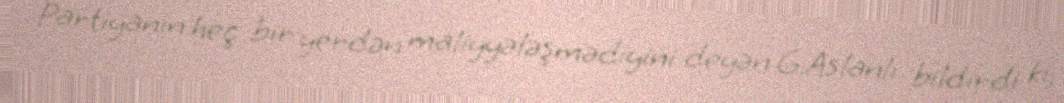
Partiyanın heç bir yerdən maliyyələşmədiyini deyən G.Aslanlı bildirdi ki,